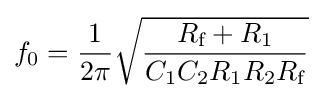
f_{0}={\frac {1}{2\pi }}{\sqrt {\frac {R_{\text{f}}+R_{1}}{C_{1}C_{2}R_{1}R_{2}R_{\text{f}}}}}